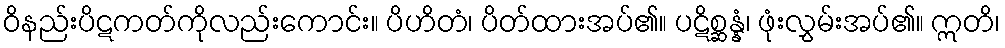
ဝိနည်းပိဋကတ်ကိုလည်းကောင်း။ ပိဟိတံ၊ ပိတ်ထားအပ်၏။ ပဋိစ္ဆန္နံ၊ ဖုံးလွှမ်းအပ်၏။ ဣတိ၊